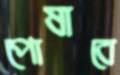
পোষাবে